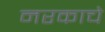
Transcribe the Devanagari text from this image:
नरकाचे